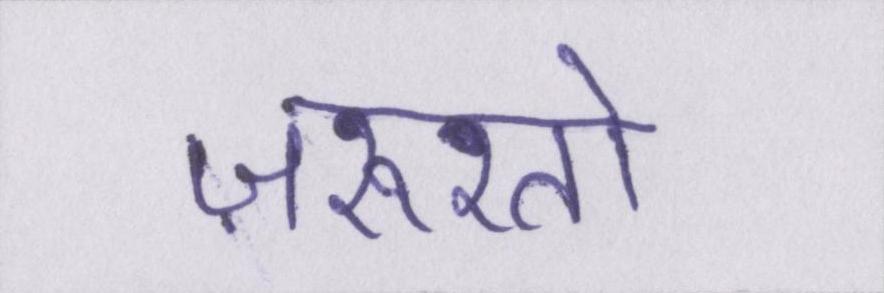
ज़रूरतों